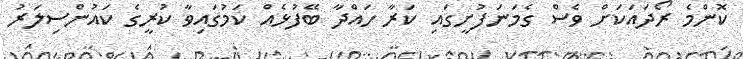
ކޮންމެ ރޯދައަކަށް ވެސް ގެމަނަފުށީގައި ކަރާ ހައްދާ ބޭފުޅެއް ކަމުގައިވާ ކުރީގެ ކައުންސިލަރު